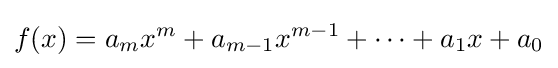
f(x)=a_{m}x^{m}+a_{m-1}x^{m-1}+\cdots +a_{1}x+a_{0}